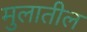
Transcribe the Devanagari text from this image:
मुलातील